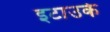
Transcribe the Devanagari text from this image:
इटाउके